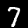
Label: 7